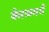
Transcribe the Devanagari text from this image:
केरळमधे